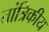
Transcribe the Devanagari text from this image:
तांत्रिकीय